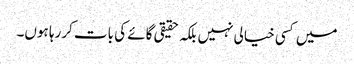
میں کسی خیالی نہیں بلکہ حقیقی گائے کی بات کررہا ہوں۔